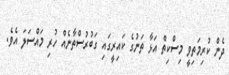
ދެން ކުރިމަތިވީ މިސްކިތް އަޅާ ތަނުގެ ކައިރީގައި ގަބުރުސްތާނެއް ހުރި މައްސަލަ އެވެ.